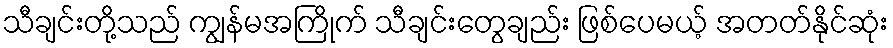
သီချင်းတို့သည် ကျွန်မအကြိုက် သီချင်းတွေချည်း ဖြစ်ပေမယ့် အတတ်နိုင်ဆုံး